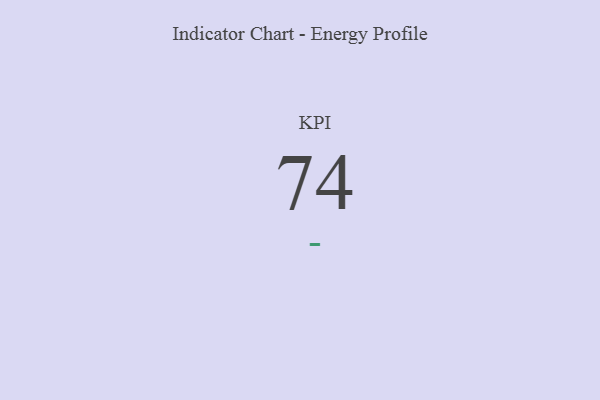
{"axis": {"x": "KPI", "y": "Value"}, "legend": [""], "data": [{"x": "KPI", "y": 74, "type": ""}]}